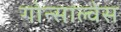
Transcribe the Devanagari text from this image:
गोन्साल्वेस